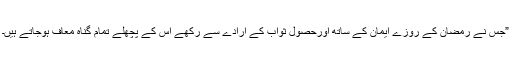
”جس نے رمضان کے روزے ایمان کے ساتھ اورحصول ثواب کے ارادے سے رکھے اس کے پچھلے تمام گناہ معاف ہوجاتے ہیں۔